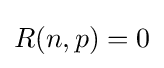
R(n,p)=0